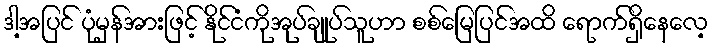
ဒါ့အပြင် ပုံမှန်အားဖြင့် နိုင်ငံကိုအုပ်ချုပ်သူဟာ စစ်မြေပြင်အထိ ရောက်ရှိနေလေ့